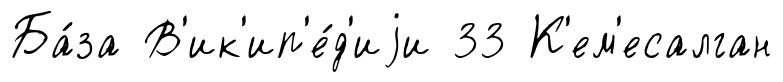
Ба́за В'ик'ип'е́д'иjи 33 К'ем'есалган